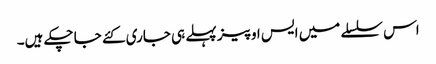
اس سلسلے میں ایس او پیز پہلے ہی جاری کئے جا چکے ہیں۔